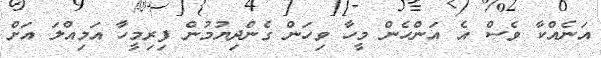
އަނެއްކާ ވެސް އެ އަންހެން މީހާ ވިހަން ގެންދިޔުމުން ފިރިމީހާ އަމިއްލަ އަށް